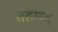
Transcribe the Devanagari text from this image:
तहमद